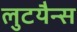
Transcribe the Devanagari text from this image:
लुटयैन्स